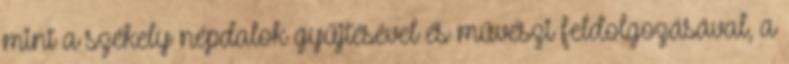
mint a székely népdalok gyűjtésével és művészi feldolgozásával, a